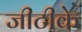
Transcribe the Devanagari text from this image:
जीटीके